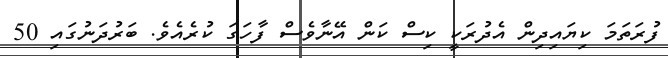
ފުރަތަމަ ކިޔައިދިން އެދުރަކީ ކިސް ކަން އޭނާވެސް ފާހަގަ ކުރެއެވެ. ބަރުދަނުގައި 50